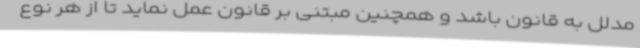
مدلل به قانون باشد و همچنین مبتنی بر قانون عمل نماید تا از هر نوع